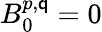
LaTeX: B_{0}^{p,\mathsf{q}}=0